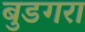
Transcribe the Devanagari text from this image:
बुडगरा